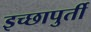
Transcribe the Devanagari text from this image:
इच्छापुर्ती